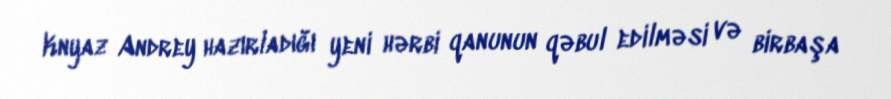
Knyaz Andrey hazırladığı yeni hərbi qanunun qəbul edilməsi və birbaşa